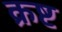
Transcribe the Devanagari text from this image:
क्रष्ट